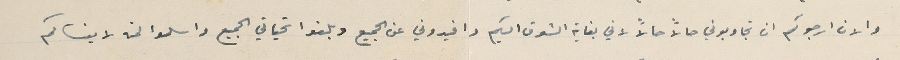
والان ارجوكم ان تجاوبوني حالاً حالاً لاني بغاية الشوق اليكم وافيدوني عن الجميع وبلغوا تحياتي الجميع واسلموا لمن لا ينساكم